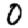
Digit: 0